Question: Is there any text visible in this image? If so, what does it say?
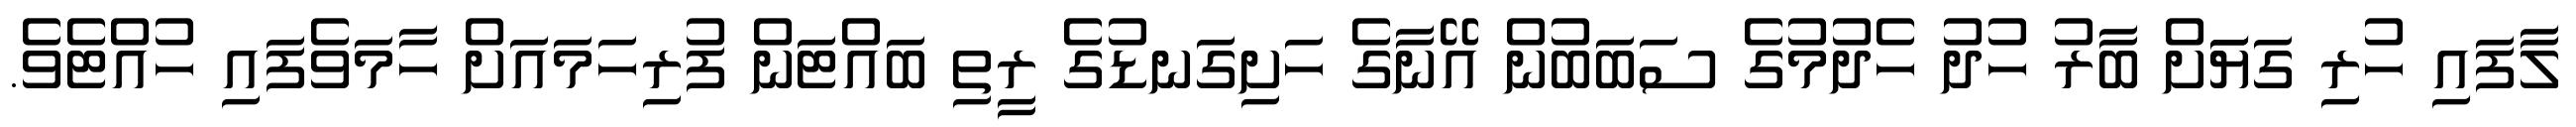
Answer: ލާފައި ހުރި ގަޔަަށް ބާރު ހުދު ހެދުމުގެ ސަބަބުން އޭނާގެ ހަށިގަނޑުގެ ރީތި ބައްޓަން ފުރިހަމައަށް ހާމަވެފައި ހުއްޓެވެ.